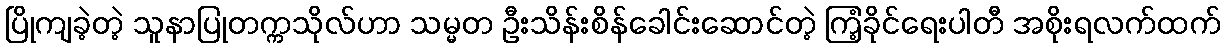
ပြိုကျခဲ့တဲ့ သူနာပြုတက္ကသိုလ်ဟာ သမ္မတ ဦးသိန်းစိန်ခေါင်းဆောင်တဲ့ ကြံ့ခိုင်ရေးပါတီ အစိုးရလက်ထက်